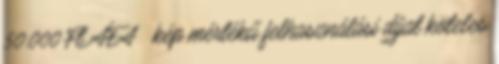
50.000 Ft ÁFA kép mértékű felhasználási díjat köteles